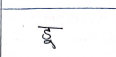
मजकूर: डू